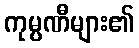
ကုမ္ပဏီများ၏